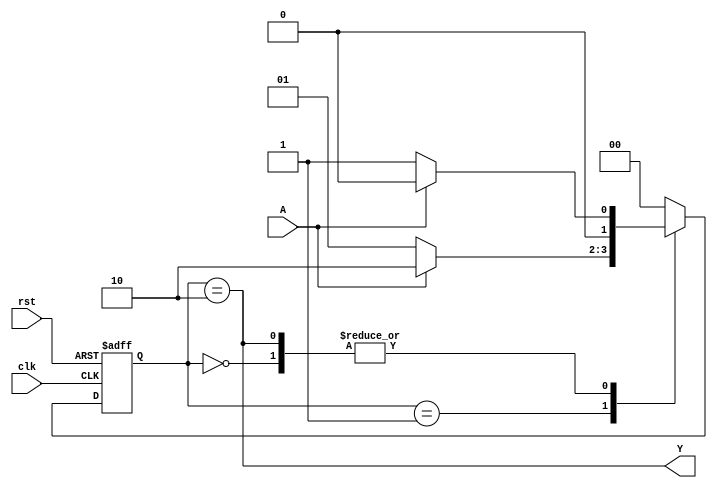
module zero_one_detector(input clk,
						 input rst,
						 input A,
						 output Y);
	reg [1:0] state,nextstate;//Typedef gives syntax error so I used this method.
	parameter s0 = 2'b00;
	parameter s1 = 2'b01;
	parameter s2 = 2'b10;
	always@(posedge clk,posedge rst)
		if(rst) state <= s0;
		else state <= nextstate;
	always@(*)
		case(state)
			s0:if(A) nextstate = s0;
			   else	 nextstate = s1;
			s1:if(A) nextstate = s2;
				 else  nextstate = s1;
			s2:if(A) nextstate = s0;
				 else  nextstate = s1;
			default  nextstate = s0;
		endcase
	assign Y = (state==s2);//When state is s2 then it gives output as 1 else 0;
endmodule